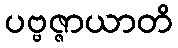
ပဗ္ဗဇ္ဇာယာတိ